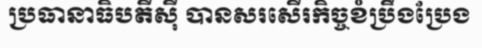
ប្រធានាធិបតីស៊ី បានសរសើរកិច្ចខំប្រឹងប្រែង